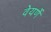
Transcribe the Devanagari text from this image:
वेयर्णे